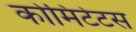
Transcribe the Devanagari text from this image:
कोमिटेटस